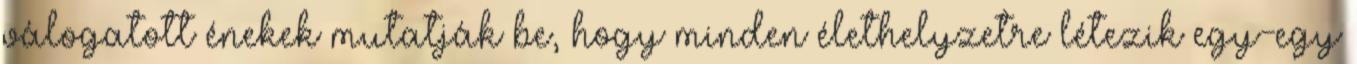
válogatott énekek mutatják be, hogy minden élethelyzetre létezik egy-egy